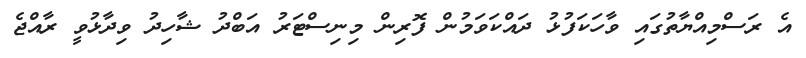
އެ ރަސްމިއްޔާތުގައި ވާހަކަފުޅު ދައްކަވަމުން ފޮރިން މިނިސްޓަރު އަބްދު ޝާހިދު ވިދާޅުވީ ރާއްޖެ